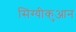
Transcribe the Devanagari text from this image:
सिंग्यीकुआन